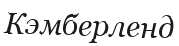
Кэмберленд